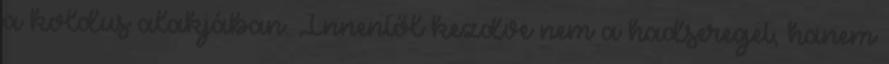
a koldus alakjában. Innentől kezdve nem a hadsereget, hanem